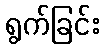
ရွက်ခြင်း